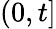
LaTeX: (0,t]